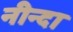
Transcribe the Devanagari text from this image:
नीन्दा